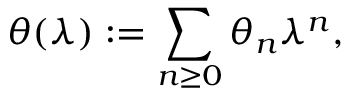
\theta ( \lambda ) : = \sum _ { n \geq 0 } \theta _ { n } \lambda ^ { n } ,